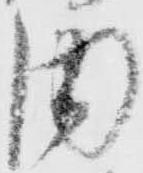
内